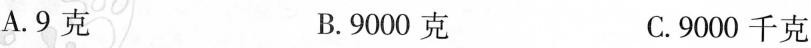
A.9克 B.9000克 C.9000千克